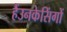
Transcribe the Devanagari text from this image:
हैंउनकेसिंगों